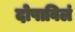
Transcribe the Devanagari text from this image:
दोषाविलं